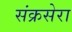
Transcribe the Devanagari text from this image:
संक्रसेरा